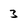
Character: 3